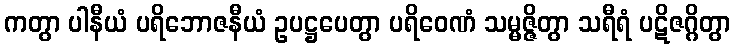
ကတွာ ပါနီယံ ပရိဘောဇနီယံ ဥပဋ္ဌပေတွာ ပရိဝေဏံ သမ္မဇ္ဇိတွာ သရီရံ ပဋိဇဂ္ဂိတွာ